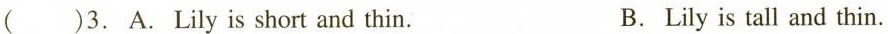
( )3. A.Lily is short and thin. B.Lily is tall and thin.